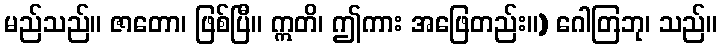
မည်သည်။ ဇာတော၊ ဖြစ်ပြီ။ ဣတိ၊ ဤကား အဖြေတည်း။) ဂေါတြဘု၊ သည်။